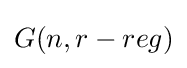
G(n,r-reg)